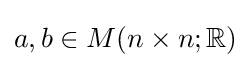
a,b\in M(n\times n;\mathbb {R} )